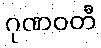
ဂုဏဝတီ